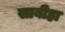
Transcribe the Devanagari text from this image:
साबीहा